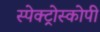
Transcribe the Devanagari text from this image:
स्‍पेक्‍ट्रोस्‍कोपी